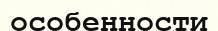
особенности